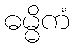
ဓမ္မိကံ